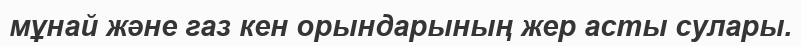
мұнай және газ кен орындарының жер асты сулары.